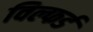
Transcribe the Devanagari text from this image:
विल्फर्ड